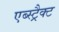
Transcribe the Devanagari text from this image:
एब्स्ट्रैक्ट